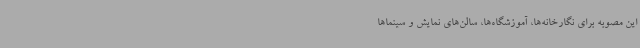
این مصوبه برای نگارخانه‌ها، آموزشگاه‌ها، سالن‌های نمایش و سینماها